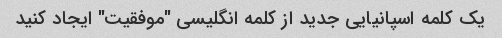
یک کلمه اسپانیایی جدید از کلمه انگلیسی "موفقیت" ایجاد کنید